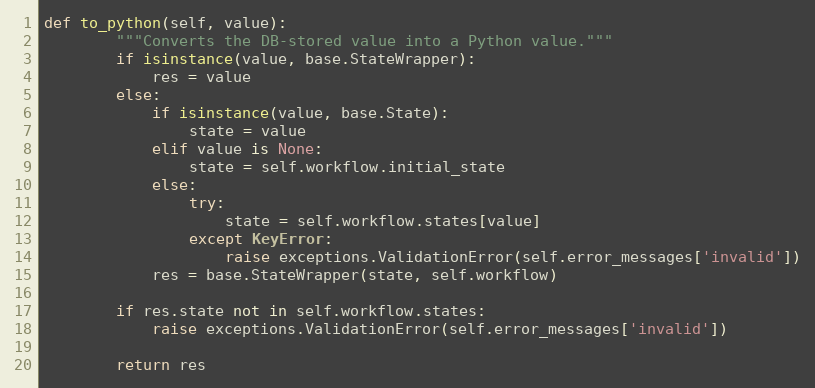
Language: Python
def to_python(self, value):
        """Converts the DB-stored value into a Python value."""
        if isinstance(value, base.StateWrapper):
            res = value
        else:
            if isinstance(value, base.State):
                state = value
            elif value is None:
                state = self.workflow.initial_state
            else:
                try:
                    state = self.workflow.states[value]
                except KeyError:
                    raise exceptions.ValidationError(self.error_messages['invalid'])
            res = base.StateWrapper(state, self.workflow)

        if res.state not in self.workflow.states:
            raise exceptions.ValidationError(self.error_messages['invalid'])

        return res